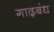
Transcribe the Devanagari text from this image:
गाढ़बंध